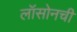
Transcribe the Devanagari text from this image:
लॉसोनची